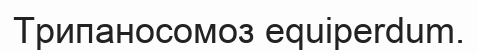
Трипаносомоз equіperdum.